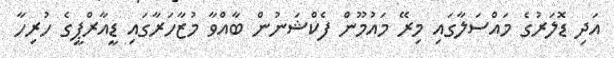
އަދި ޑޮލަރުގެ މައްސަލާގައި މިރޭ މައުމޫން ފެކްޝަނުން ބާއްވާ މުޒާހަރާގައި ޑީއާރްޕީގެ ހުރިހާ